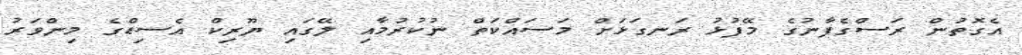
އެގޮތުން ރަސްގެފާނުގެ މޭފުޅު ރަނގަޅަށް މަސައްކަތް ނުކުރުމާއި ލޭގައި ޔޫރިކް އެސިޑްގެ މިންވަރު